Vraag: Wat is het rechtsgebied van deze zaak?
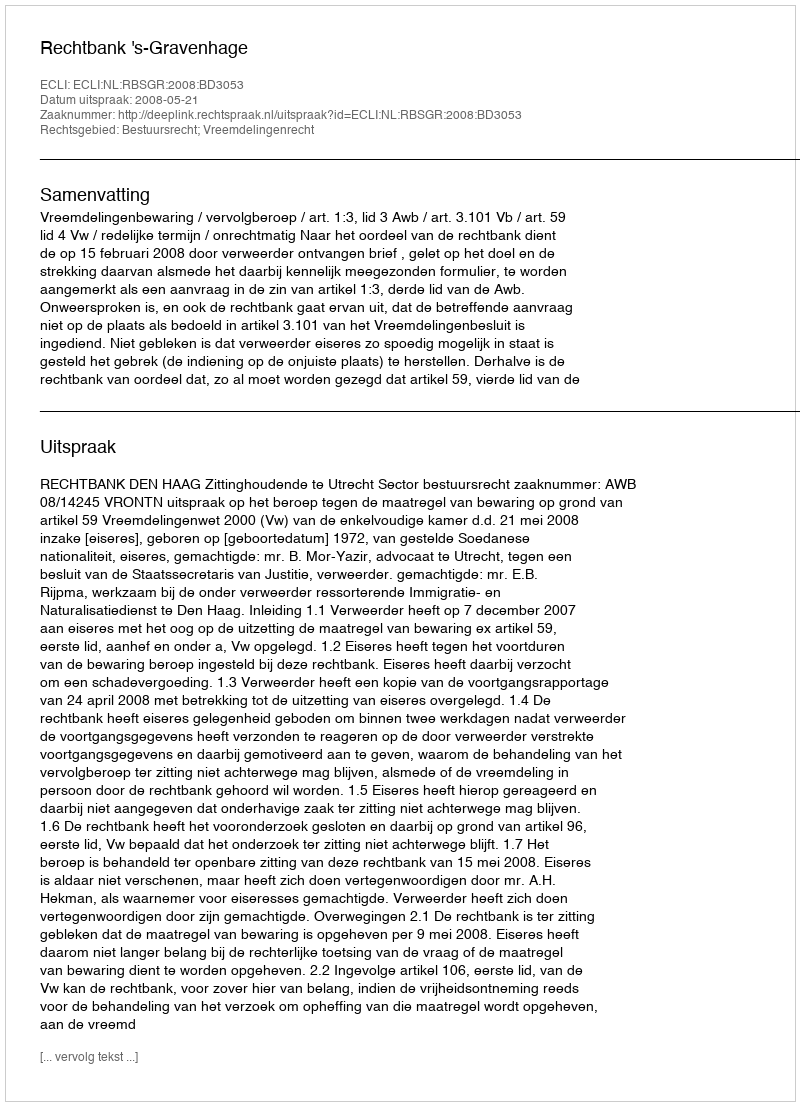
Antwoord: Bestuursrecht; Vreemdelingenrecht